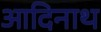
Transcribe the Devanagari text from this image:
आदिनाथ्‍ा